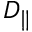
D _ { \parallel }